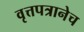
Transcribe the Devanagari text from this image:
वृत्तपत्रानेच